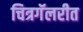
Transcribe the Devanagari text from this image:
चित्रगॅलरीत